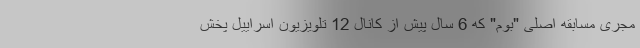
مجری مسابقه اصلی "بوم" که 6 سال پیش از کانال 12 تلویزیون اسراییل پخش